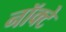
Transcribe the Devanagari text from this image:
नॉक्टे